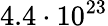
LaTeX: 4.4\cdot 10^{23}